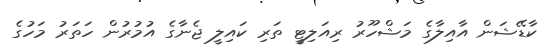
ކާޑޭޝަން އާއިލާގެ މަޝްހޫރު ރިއަލިޓީ ތަރި ކައިލީ ޖެނާގެ އުމުރުން ހަތަރު މަހުގެ